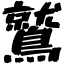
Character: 鷲